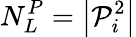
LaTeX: N_{L}^{P}=\left|\mathcal{P}_{i}^{2}\right|